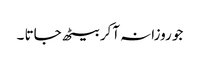
جو روزانہ آکر بیٹھ جاتا ۔